Continuation classes, 1926
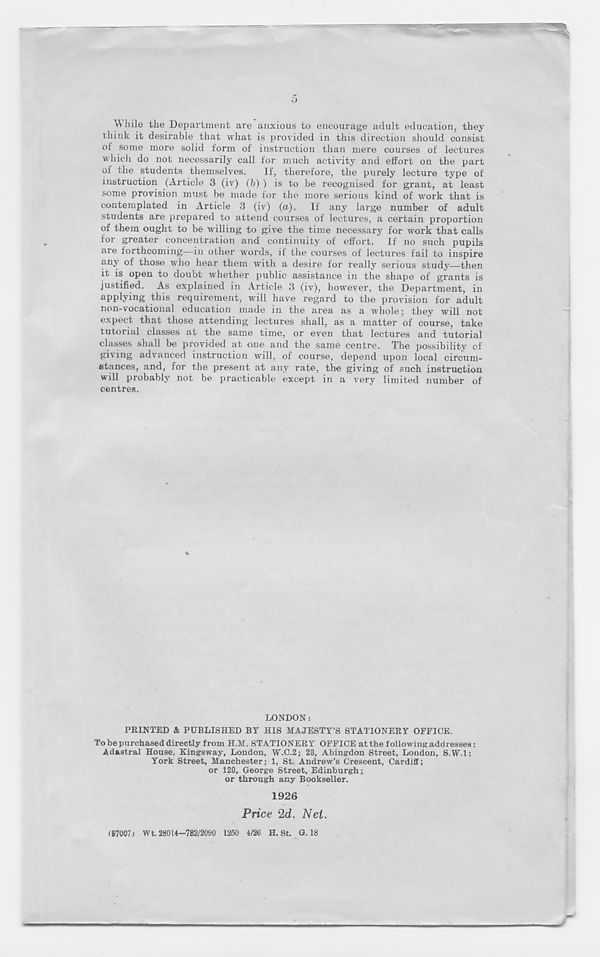
\\ hile the Department are anxious to encourage adult education, they
think it desirable that what is provided in this direction should consist
oi some more solid form of instruction than mere courses of lectures
which do not necessarily call for much activity and effort on the part
of the students themselves. If, therefore, the purely lecture type of
instruction (Article 3 (iv) (b) ) is to be recognised for grant, at least
some provision must he made for the more serious kind of work that is
contemplated in Article 3 (iv) (a). If any large number of adult
students are prepared to attend courses of lectures, a certain proportion
of them ought to be willing to give the time necessary for work that calls
for greater concentration and continuity of effort. If no such pupils
are forthcoming—in other words, if the courses of lectures fail to inspire
any of those who hear them with a desire for really serious study—then
it is open to doubt whether public assistance in the shape of grants is
justified. As explained in Article 3 (iv), however, the Department, in
applying this requirement, will have regard to the provision for adult
non-voeational education made in the area as a whole; they will not
expect that those attending lectures shall, as a matter of course, take
tutorial classes at the same time, or even that lectures and tutorial
classes shall be provided at one and the same centre. The possibility cf
giving advanced instruction will, of course, depend upon local circum-
stances, and, for the present at any rate, the giving of such instruction
will probably not be practicable except in a very limited number of
centres.
LONDON:
PRINTED & PUBLISHED BY HIS MAJESTY’S STATIONERY OFFICE.
To be purchased directly from H.M. STATIONERY OFFICE at the following add resses:
Adastral House, Kingsway, London, W.C.2; 28, Abingdon Street, London, S.W.l:
York Street, Manchester; 1, St. Andrew’s Crescent, Cardiff;
or 120, George Street, Edinburgh;
or through any Bookseller.
1926
Price 2d. Net.
(5700?j Wt. 28014-782/2090 1250 4/26 H. St. G. 18